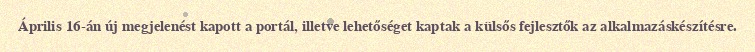
Április 16-án új megjelenést kapott a portál, illetve lehetőséget kaptak a külsős fejlesztők az alkalmazáskészítésre.